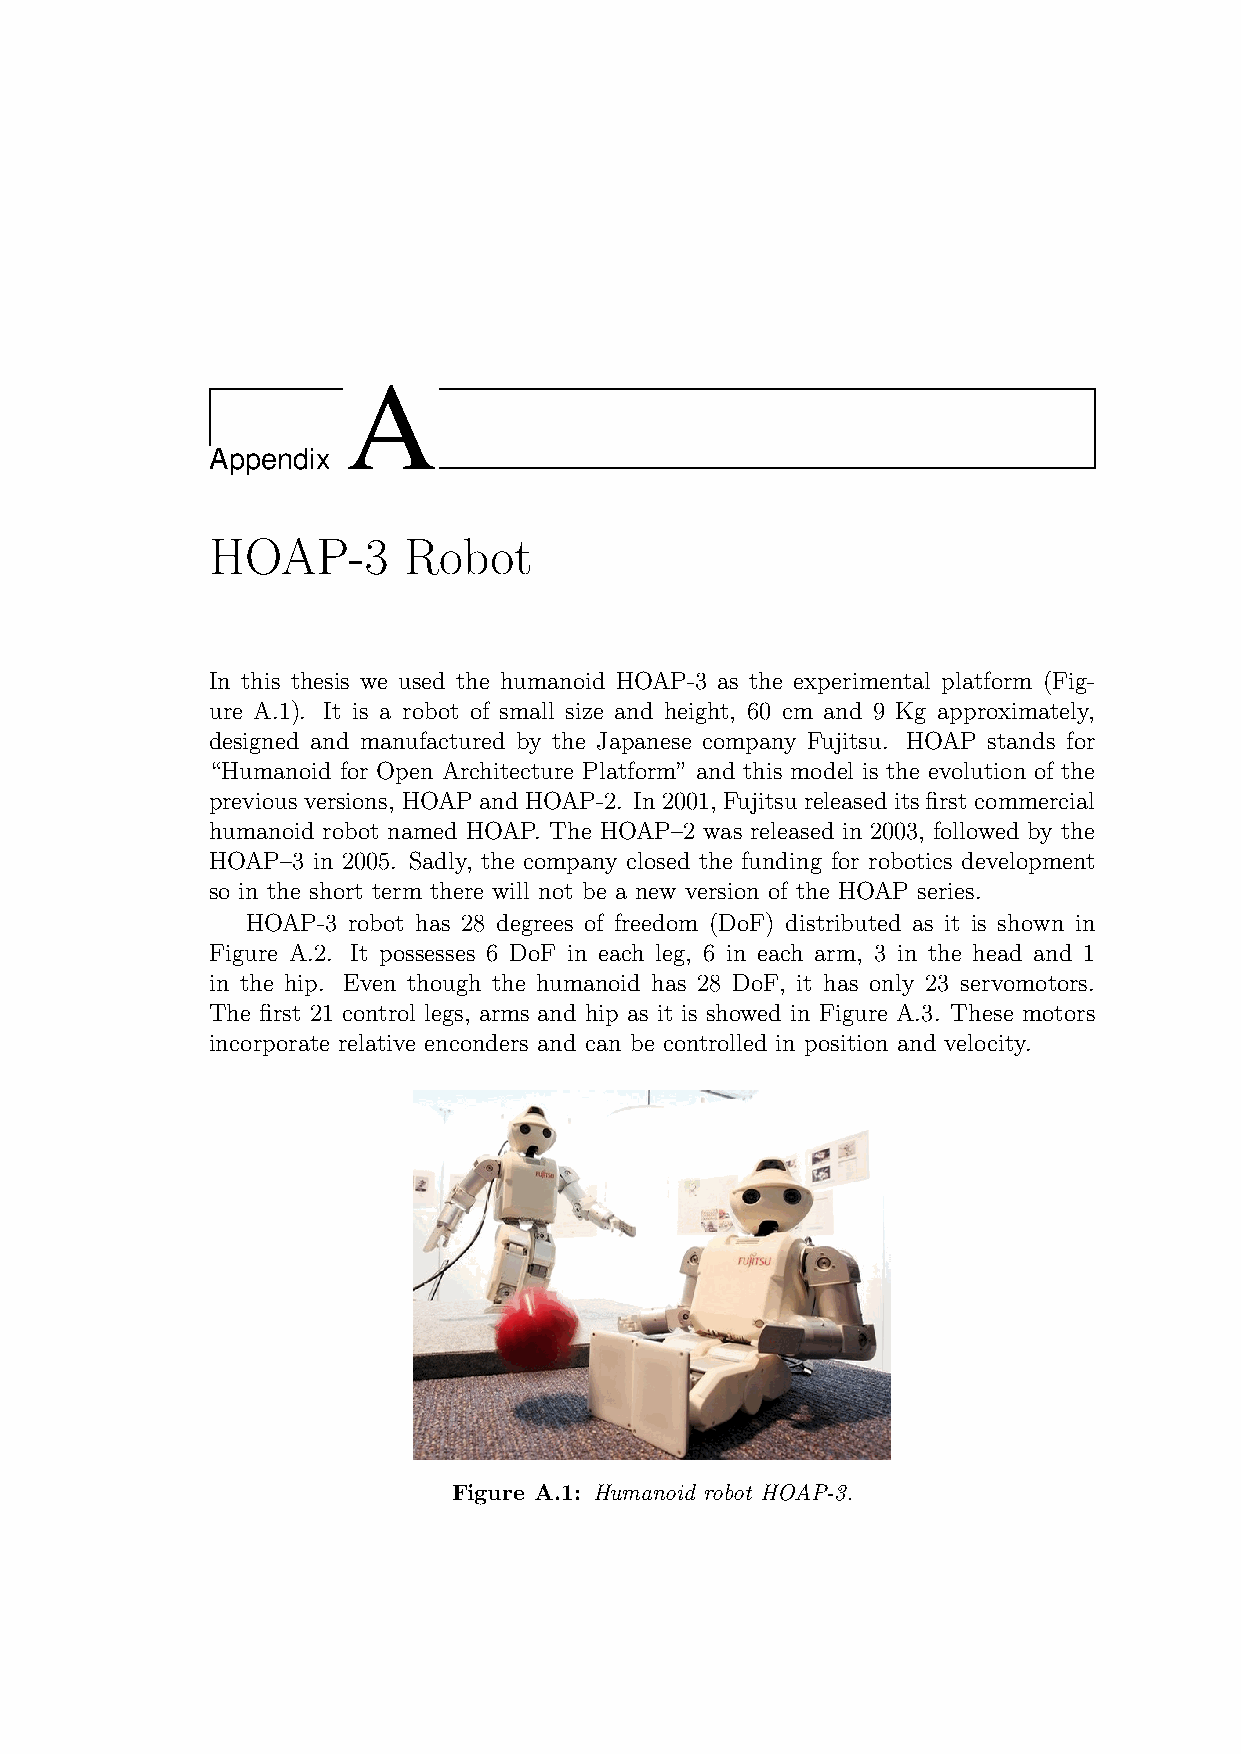
A
 Appendix
 HOAP-3       Robot
 In this thesis we used the humanoid HOAP-3 as the experimental platform (Fig-
 ure A.1). It is a robot of small size and height, 60 cm and 9 Kg approximately,
 designed and manufactured by the Japanese company Fujitsu. HOAP stands for
 “Humanoid for Open Architecture Platform” and this model is the evolution of the
 previousversions, HOAPandHOAP-2. In2001, Fujitsureleaseditsfirstcommercial
 humanoid robot named HOAP. The HOAP–2 was released in 2003, followed by the
 HOAP–3 in 2005. Sadly, the company closed the funding for robotics development
 so in the short term there will not be a new version of the HOAP series.
 HOAP-3 robot has 28 degrees of freedom (DoF) distributed as it is shown in
 Figure A.2. It possesses 6 DoF in each leg, 6 in each arm, 3 in the head and 1
 in the hip. Even though the humanoid has 28 DoF, it has only 23 servomotors.
 The first 21 control legs, arms and hip as it is showed in Figure A.3. These motors
 incorporate relative enconders and can be controlled in position and velocity.
 Figure A.1: Humanoid robot HOAP-3.